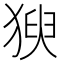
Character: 𱮍